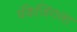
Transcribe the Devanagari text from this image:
पॅकेजिंगला